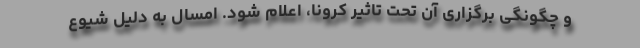
و چگونگی برگزاری آن تحت تاثیر کرونا، اعلام شود. امسال به دلیل شیوع